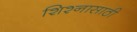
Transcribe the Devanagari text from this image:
शिश्नासाठी